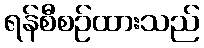
ရန်စီစဉ်ထားသည်